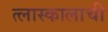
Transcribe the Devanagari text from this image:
त्लास्कालाची